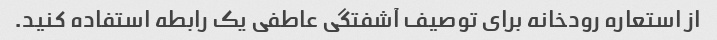
از استعاره رودخانه برای توصیف آشفتگی عاطفی یک رابطه استفاده کنید.